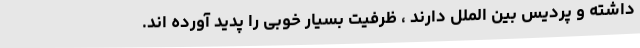
داشته و پردیس بین الملل دارند ، ظرفیت بسیار خوبی را پدید آورده اند.